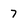
Character: 7